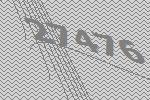
27476